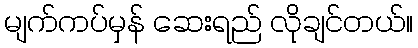
မျက်ကပ်မှန် ဆေးရည် လိုချင်တယ်။